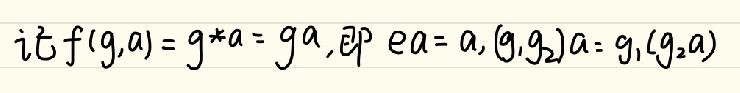
$if\ f(g,a)=g*a = ga,$即$\ ea = a,(g_1g_2)a = g_1(g_2a)$